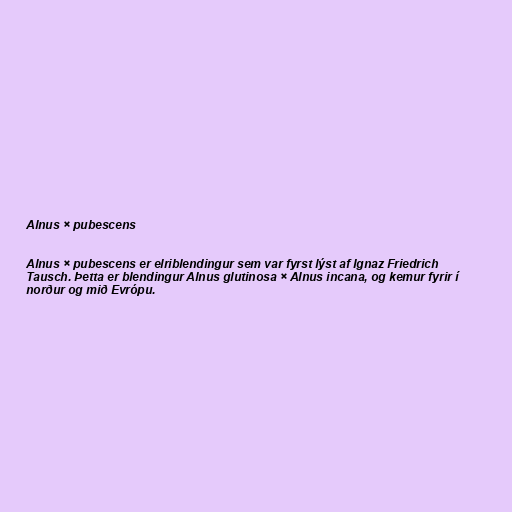
Alnus × pubescens

Alnus × pubescens er elriblendingur sem var fyrst lýst af Ignaz Friedrich
Tausch. Þetta er blendingur Alnus glutinosa × Alnus incana, og kemur fyrir í
norður og mið Evrópu.